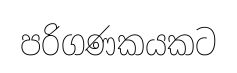
පරිගණකයකට